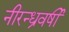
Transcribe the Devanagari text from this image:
नीरन्ध्रवर्षी